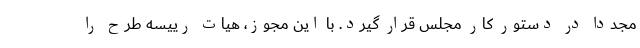
مجددا در دستور کار مجلس قرار گیرد. با این مجوز، هیات رییسه طرح را